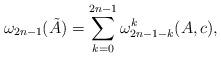
LaTeX: \begin{align*}\omega_{2n-1}(\tilde{A})=\sum_{k=0}^{2n-1} \omega_{2n-1-k}^{k}(A,c),\end{align*}